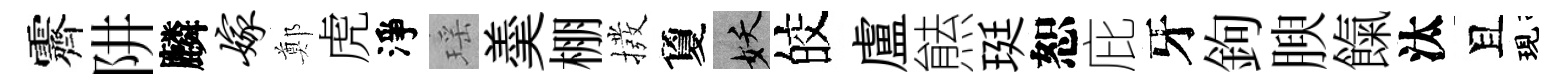
霽阱麟嫁鄭虎淨瑶羮棚撥夐妖皎盧㷱珽恕庇牙鉤腴餼汰且現